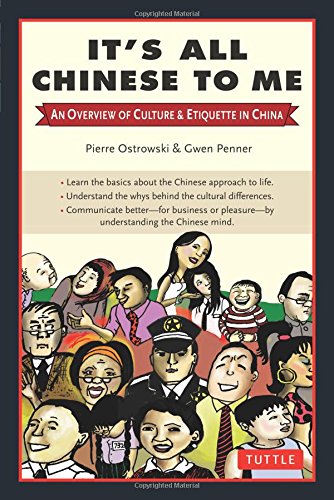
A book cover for It's All Chinese to Me: An Overview of Culture & Etiquette in China; Pierre Ostrowski; Comics & Graphic Novels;